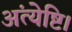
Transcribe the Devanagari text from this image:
अंत्येष्टि।